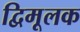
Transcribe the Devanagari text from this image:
द्विमूलक